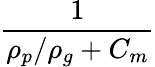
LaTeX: \frac{1}{\rho_{p}/\rho_{g}+C_{m}}